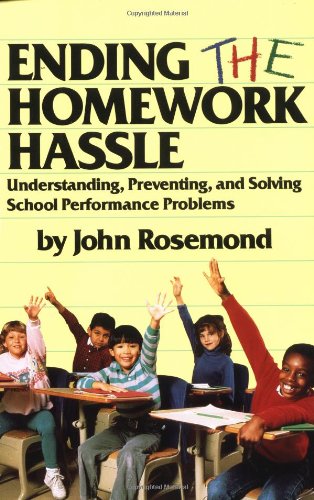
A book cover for Ending the Homework Hassle; John Rosemond; Parenting & Relationships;